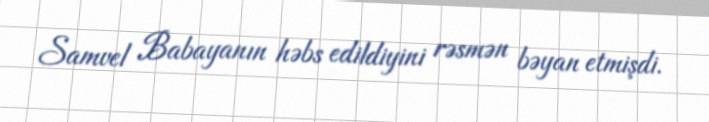
Samvel Babayanın həbs edildiyini rəsmən bəyan etmişdi.